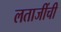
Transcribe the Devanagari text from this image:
लताजींची